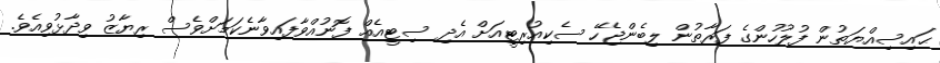
ޙައިސިއްޔަތުން ފުލުހުންގެ ފަރާތުން ލިބެންޖެހޭ ސެކިއުރިޓީއަށް އެދި ސިޓީއެއް ފޮނުއްވާފައިވާނެކަމަށްވެސް ރިޔާޒު ވިދާޅުވިއެވެ.